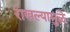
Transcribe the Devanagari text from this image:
राखल्यामुळे